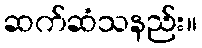
ဆက်ဆံသနည်း။